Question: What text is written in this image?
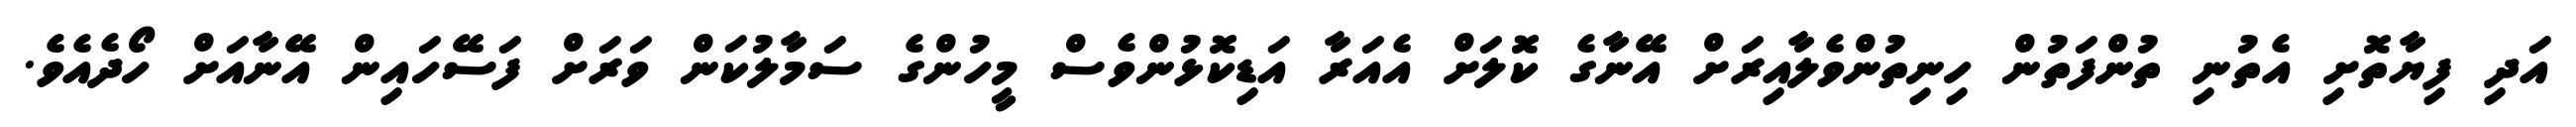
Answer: އަދި ފިޔާތޮށި އެތުނި ތުންފަތުން ހިނިތުންވެލާއިރަށް އޭނާގެ ކޮލަށް އެއަރާ އަޑިކޮޅުންވެސް މީހުންގެ ސަމާލުކަން ވަރަށް ފަސޭހައިން އޭނާއަށް ހޯދެއެވެ.